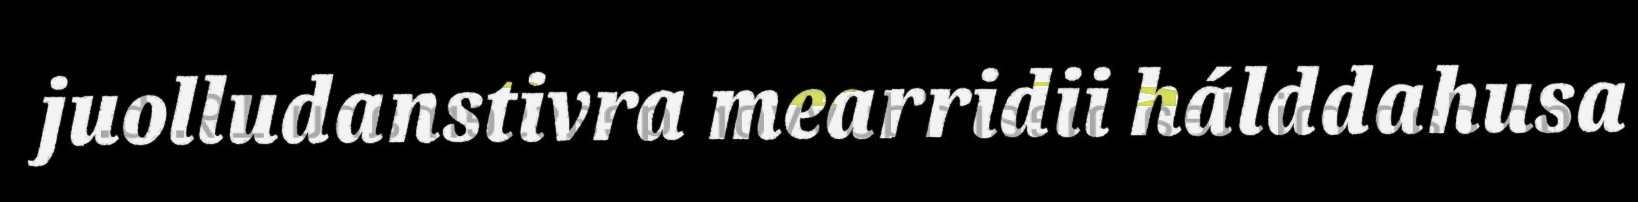
juolludanstivra mearridii hálddahusa